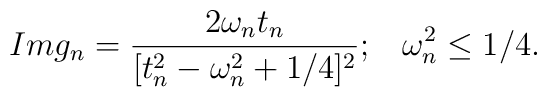
Img_n=\frac{2\omega_nt_n}{[t^2_n-\omega^2_n+1/4]^2};\;\;\;\omega^2_n\leq1/4.